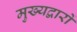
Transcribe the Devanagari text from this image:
मुख्यद्वारों